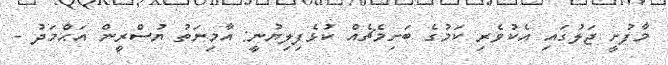
މާފުށީ ޖަލުގައި އެކުވެރި ކަމުގެ ބަށިމެޗެއް ކުޅެފިލިޔުނީ: އާމިނަތު ޔުސްރީން އަޙްމަދު -